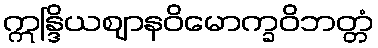
ဣန္ဒြိယဈာနဝိမောက္ခဝိဘတ္တံ